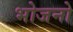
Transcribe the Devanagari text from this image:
भोजनो